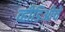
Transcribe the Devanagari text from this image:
व्हीडिओचे